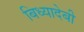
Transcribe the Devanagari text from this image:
बिध्यादेबी